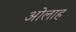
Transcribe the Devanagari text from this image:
ओलाह